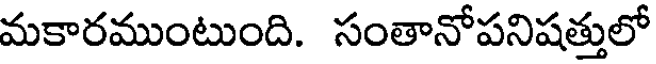
మకారముంటుంది. సంతానోపనిషత్తులో